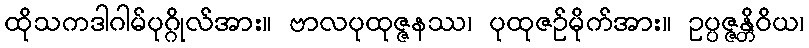
ထိုသကဒါဂါမ်ပုဂ္ဂိုလ်အား။ ဗာလပုထုဇ္ဇနဿ၊ ပုထုဇဉ်မိုက်အား။ ဥပ္ပဇ္ဇန္တိဝိယ၊